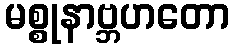
မစ္စုနာဗ္ဘဟတော